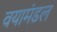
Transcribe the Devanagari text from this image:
वयामंडल